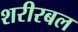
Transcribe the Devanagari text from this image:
शरीरबल